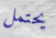
يحتمل